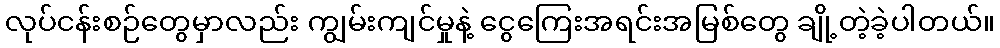
လုပ်ငန်းစဉ်တွေမှာလည်း ကျွမ်းကျင်မှုနဲ့ ငွေကြေးအရင်းအမြစ်တွေ ချို့တဲ့ခဲ့ပါတယ်။